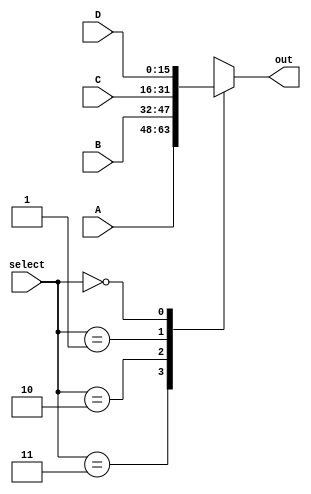
`timescale 1ns / 1ps

module mux4_2(out,A,B,C,D,select);
	output	[15:0]	out;
	input		[15:0]	A,B,C,D;
	input		[1:0]		select;
	reg		[15:0]	out;
	
	always @ (A or B or C or D or select) begin
		case (select)
			2'b11:	out = A;
			2'b10:	out = B;
			2'b01:	out = C;
			2'b00:	out = D;
		endcase
	end
endmodule